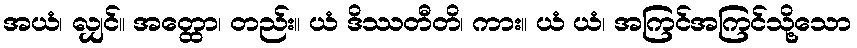
အယံ၊ လျှင်။ အတ္ထော၊ တည်း။ ယံ ဒိဿတီတိ၊ ကား။ ယံ ယံ၊ အကြင်အကြင်သို့သော